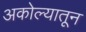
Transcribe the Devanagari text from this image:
अकोल्यातून